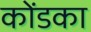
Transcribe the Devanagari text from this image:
कोंडका